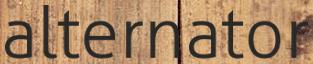
alternator